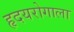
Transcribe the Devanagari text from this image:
हृदयरोगाला